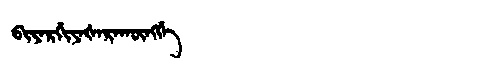
Manchu: ᠪᡳᠶᠠᡵᡤᡳᠶᠠᡧᠠᡵᠠᡴᡡᠩᡤᡝ
Romanization: BIYARGIYAŠARAKŪNGGE